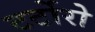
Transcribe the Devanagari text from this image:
टर्टोरो